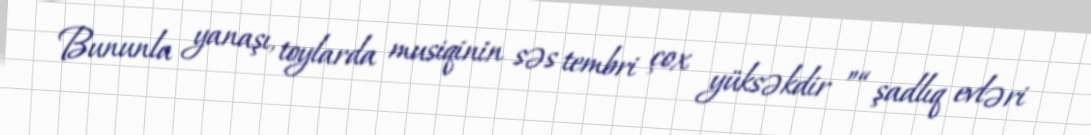
Bununla yanaşı, toylarda musiqinin səs tembri çox yüksəkdir ”“ şadlıq evləri